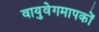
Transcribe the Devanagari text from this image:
वायुवेगमापकों